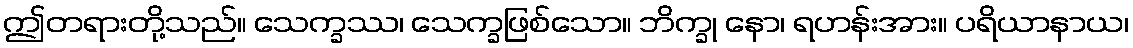
ဤတရားတို့သည်။ သေက္ခဿ၊ သေက္ခဖြစ်သော။ ဘိက္ခု နော၊ ရဟန်းအား။ ပရိယာနာယ၊